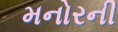
મનોરની